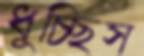
ধুচ্ছিস